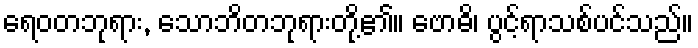
ရေဝတဘုရား, သောဘိတဘုရားတို့၏။ ဗောဓိ၊ ပွင့်ရာသစ်ပင်သည်။